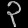
Digit: ၃